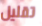
تقليل